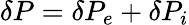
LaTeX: \delta P=\delta P_{e}+\delta P_{i}